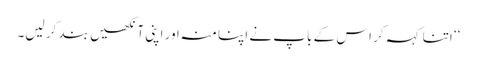
‘‘ اتنا کہہ کر اس کے باپ نے اپنا منہ اور اپنی آنکھیں بند کر لیں۔